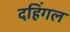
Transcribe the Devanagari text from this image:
दहिंगल